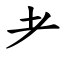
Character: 耂